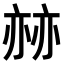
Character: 𠅯